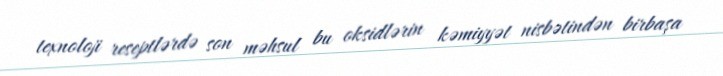
texnoloji reseptlərdə son məhsul bu oksidlərin kəmiyyət nisbətindən birbaşa